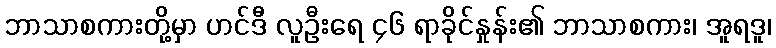
ဘာသာစကားတို့မှာ ဟင်ဒီ လူဦးရေ ၄၆ ရာခိုင်နှုန်း၏ ဘာသာစကား၊ အူရဒူ၊